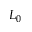
L _ { 0 }